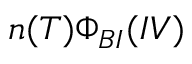
n ( T ) \Phi _ { B I } ( I V )